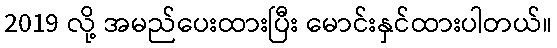
2019 လို့ အမည်ပေးထားပြီး မောင်းနှင်ထားပါတယ်။